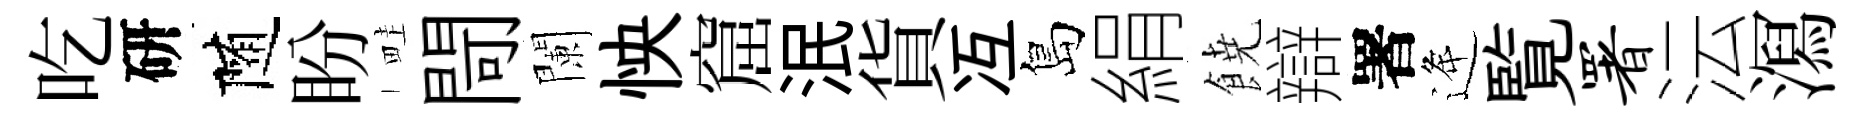
吃研随盼畦閜闌怏窟泯貨冱島絹𩜙辯署逄覧署沄㵼